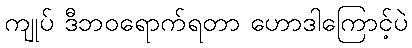
ကျုပ် ဒီဘဝရောက်ရတာ ဟောဒါကြောင့်ပဲ